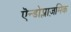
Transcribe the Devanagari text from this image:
एॆन्डोप्लाज़मिक